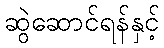
ဆွဲဆောင်ရန်နှင့်